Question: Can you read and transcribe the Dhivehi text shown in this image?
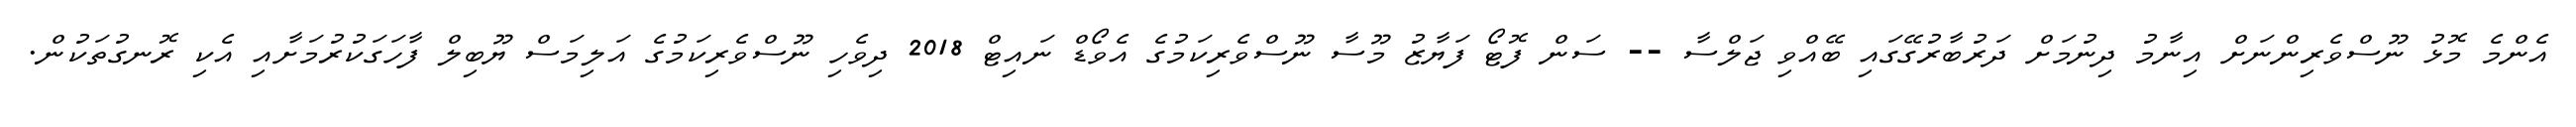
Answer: އެންމެ މޮޅު ނޫސްވެރިންނަށް އިނާމު ދިނުމަށް ދަރުބާރުގޭގައި ބޭއްވި ޖަލްސާ -- ސަން ފޮޓޯ ފަޔާޒު މޫސާ ނޫސްވެރިކަމުގެ އެވޯޑް ނައިޓް 2018 ދިވެހި ނޫސްވެރިކަމުގެ އަލިމަސް ޔޫބިލް ފާހަގަކުރުމަށާއި އެކި ރޮނގުތަކުން.